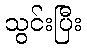
သွင်းပြီး